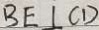
B E \bot C D